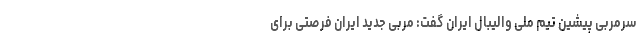
سرمربی پیشین تیم ملی والیبال ایران گفت: مربی جدید ایران فرصتی برای